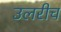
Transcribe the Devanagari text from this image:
उलरीच